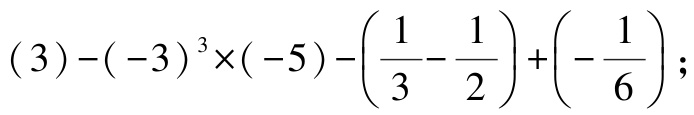
\((3)-(-3)^{3}\times(-5)-\left(\dfrac{1}{3}-\dfrac{1}{2}\right)+\left(-\dfrac{1}{6}\right);\)